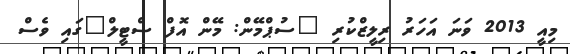
މިއީ 2013 ވަނަ އަހަރު ރިލީޒްކުރި "ސުޕްމޭން: މޭން އޮފް ސްޓީލް"ގައި ވެސް